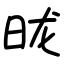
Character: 昽